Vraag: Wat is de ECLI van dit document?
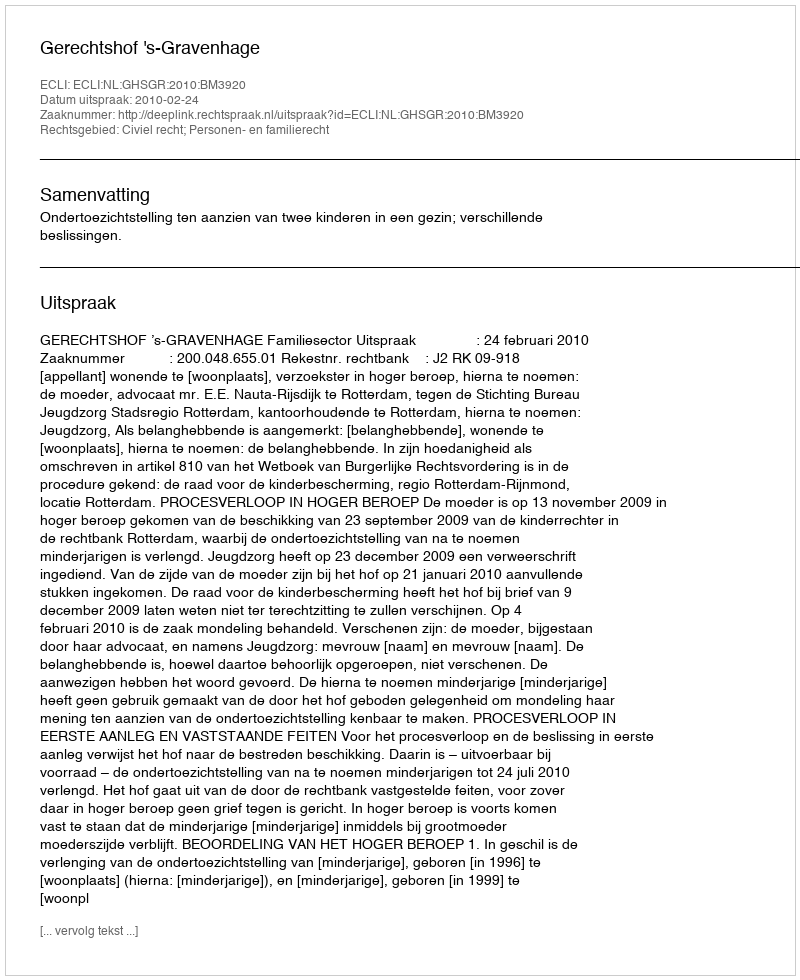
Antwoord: ECLI:NL:GHSGR:2010:BM3920